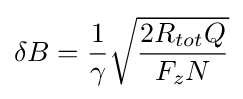
\delta B={\frac {1}{\gamma }}{\sqrt {\frac {2R_{tot}Q}{F_{z}N}}}